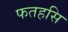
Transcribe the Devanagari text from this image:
फतहसि